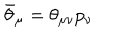
\bar { \theta } _ { \mu } = \theta _ { \mu \nu } p _ { \nu }